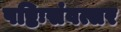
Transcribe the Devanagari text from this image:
षष्टिःसंवत्सर